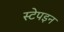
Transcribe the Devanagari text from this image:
स्टेपइन